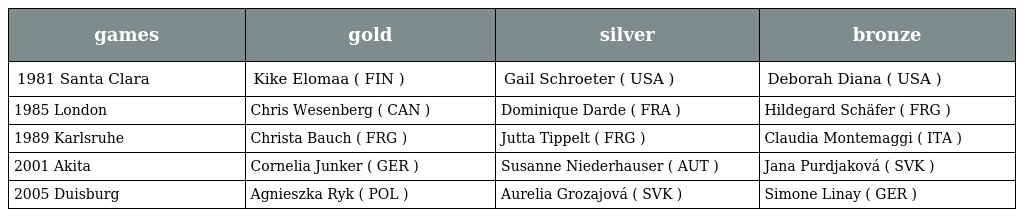
| games | gold | silver | bronze |
 | --- | --- | --- | --- |
 | 1981 Santa Clara | Kike Elomaa ( FIN ) | Gail Schroeter ( USA ) | Deborah Diana ( USA ) |
 | 1985 London | Chris Wesenberg ( CAN ) | Dominique Darde ( FRA ) | Hildegard Schäfer ( FRG ) |
 | 1989 Karlsruhe | Christa Bauch ( FRG ) | Jutta Tippelt ( FRG ) | Claudia Montemaggi ( ITA ) |
 | 2001 Akita | Cornelia Junker ( GER ) | Susanne Niederhauser ( AUT ) | Jana Purdjaková ( SVK ) |
 | 2005 Duisburg | Agnieszka Ryk ( POL ) | Aurelia Grozajová ( SVK ) | Simone Linay ( GER ) |